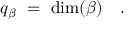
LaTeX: q _ { \beta } \ = \ \dim ( \beta ) \ \ \ .